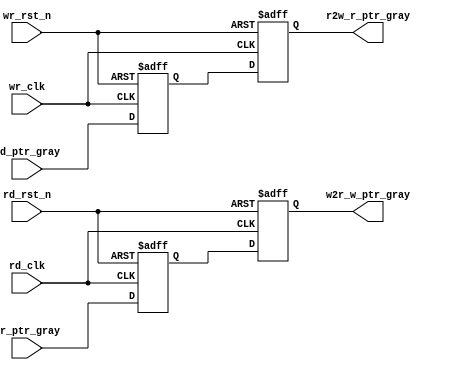
`timescale 1ns / 1ps
//////////////////////////////////////////////////////////////////////////////////
// Company: 
// Engineer: 
// 
// Design Name: 
// Module Name: sync
// Project Name: 
// Target Devices: 
// Tool Versions: 
// Description: 
// 
// Dependencies: 
// 
// Revision:
// Revision 0.01 - File Created
// Additional Comments:
// 
//////////////////////////////////////////////////////////////////////////////////


module sync #(
    parameter DATA_WIDTH = 16,
    parameter PTR_WIDTH  = 8 
)(
    input  wr_clk,
    input  wr_rst_n,
    input  rd_clk,
    input  rd_rst_n,
    input  [PTR_WIDTH:0] wr_ptr_gray,
    input  [PTR_WIDTH:0] rd_ptr_gray,

    output wire [PTR_WIDTH:0] w2r_w_ptr_gray,
    output wire [PTR_WIDTH:0] r2w_r_ptr_gray
    );

    reg [PTR_WIDTH:0] wr_ptr_gray_r[1:0];
    reg [PTR_WIDTH:0] rd_ptr_gray_r[1:0];

    assign w2r_w_ptr_gray = wr_ptr_gray_r[1];
    assign r2w_r_ptr_gray = rd_ptr_gray_r[1];

    //
    always @(posedge rd_clk or negedge rd_rst_n) begin
        if (!rd_rst_n) begin
            wr_ptr_gray_r[0] <= 'b0;
            wr_ptr_gray_r[1] <= 'b0;
        end
        else begin
            wr_ptr_gray_r[0] <= wr_ptr_gray;
            wr_ptr_gray_r[1] <= wr_ptr_gray_r[0];
        end
    end

    //
    always @(posedge wr_clk or negedge wr_rst_n) begin
        if (!wr_rst_n) begin
            rd_ptr_gray_r[0] <= 'b0;
            rd_ptr_gray_r[1] <= 'b0;
        end
        else begin
            rd_ptr_gray_r[0] <= rd_ptr_gray;
            rd_ptr_gray_r[1] <= rd_ptr_gray_r[0];
        end
    end

endmodule